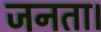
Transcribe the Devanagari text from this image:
जनता।